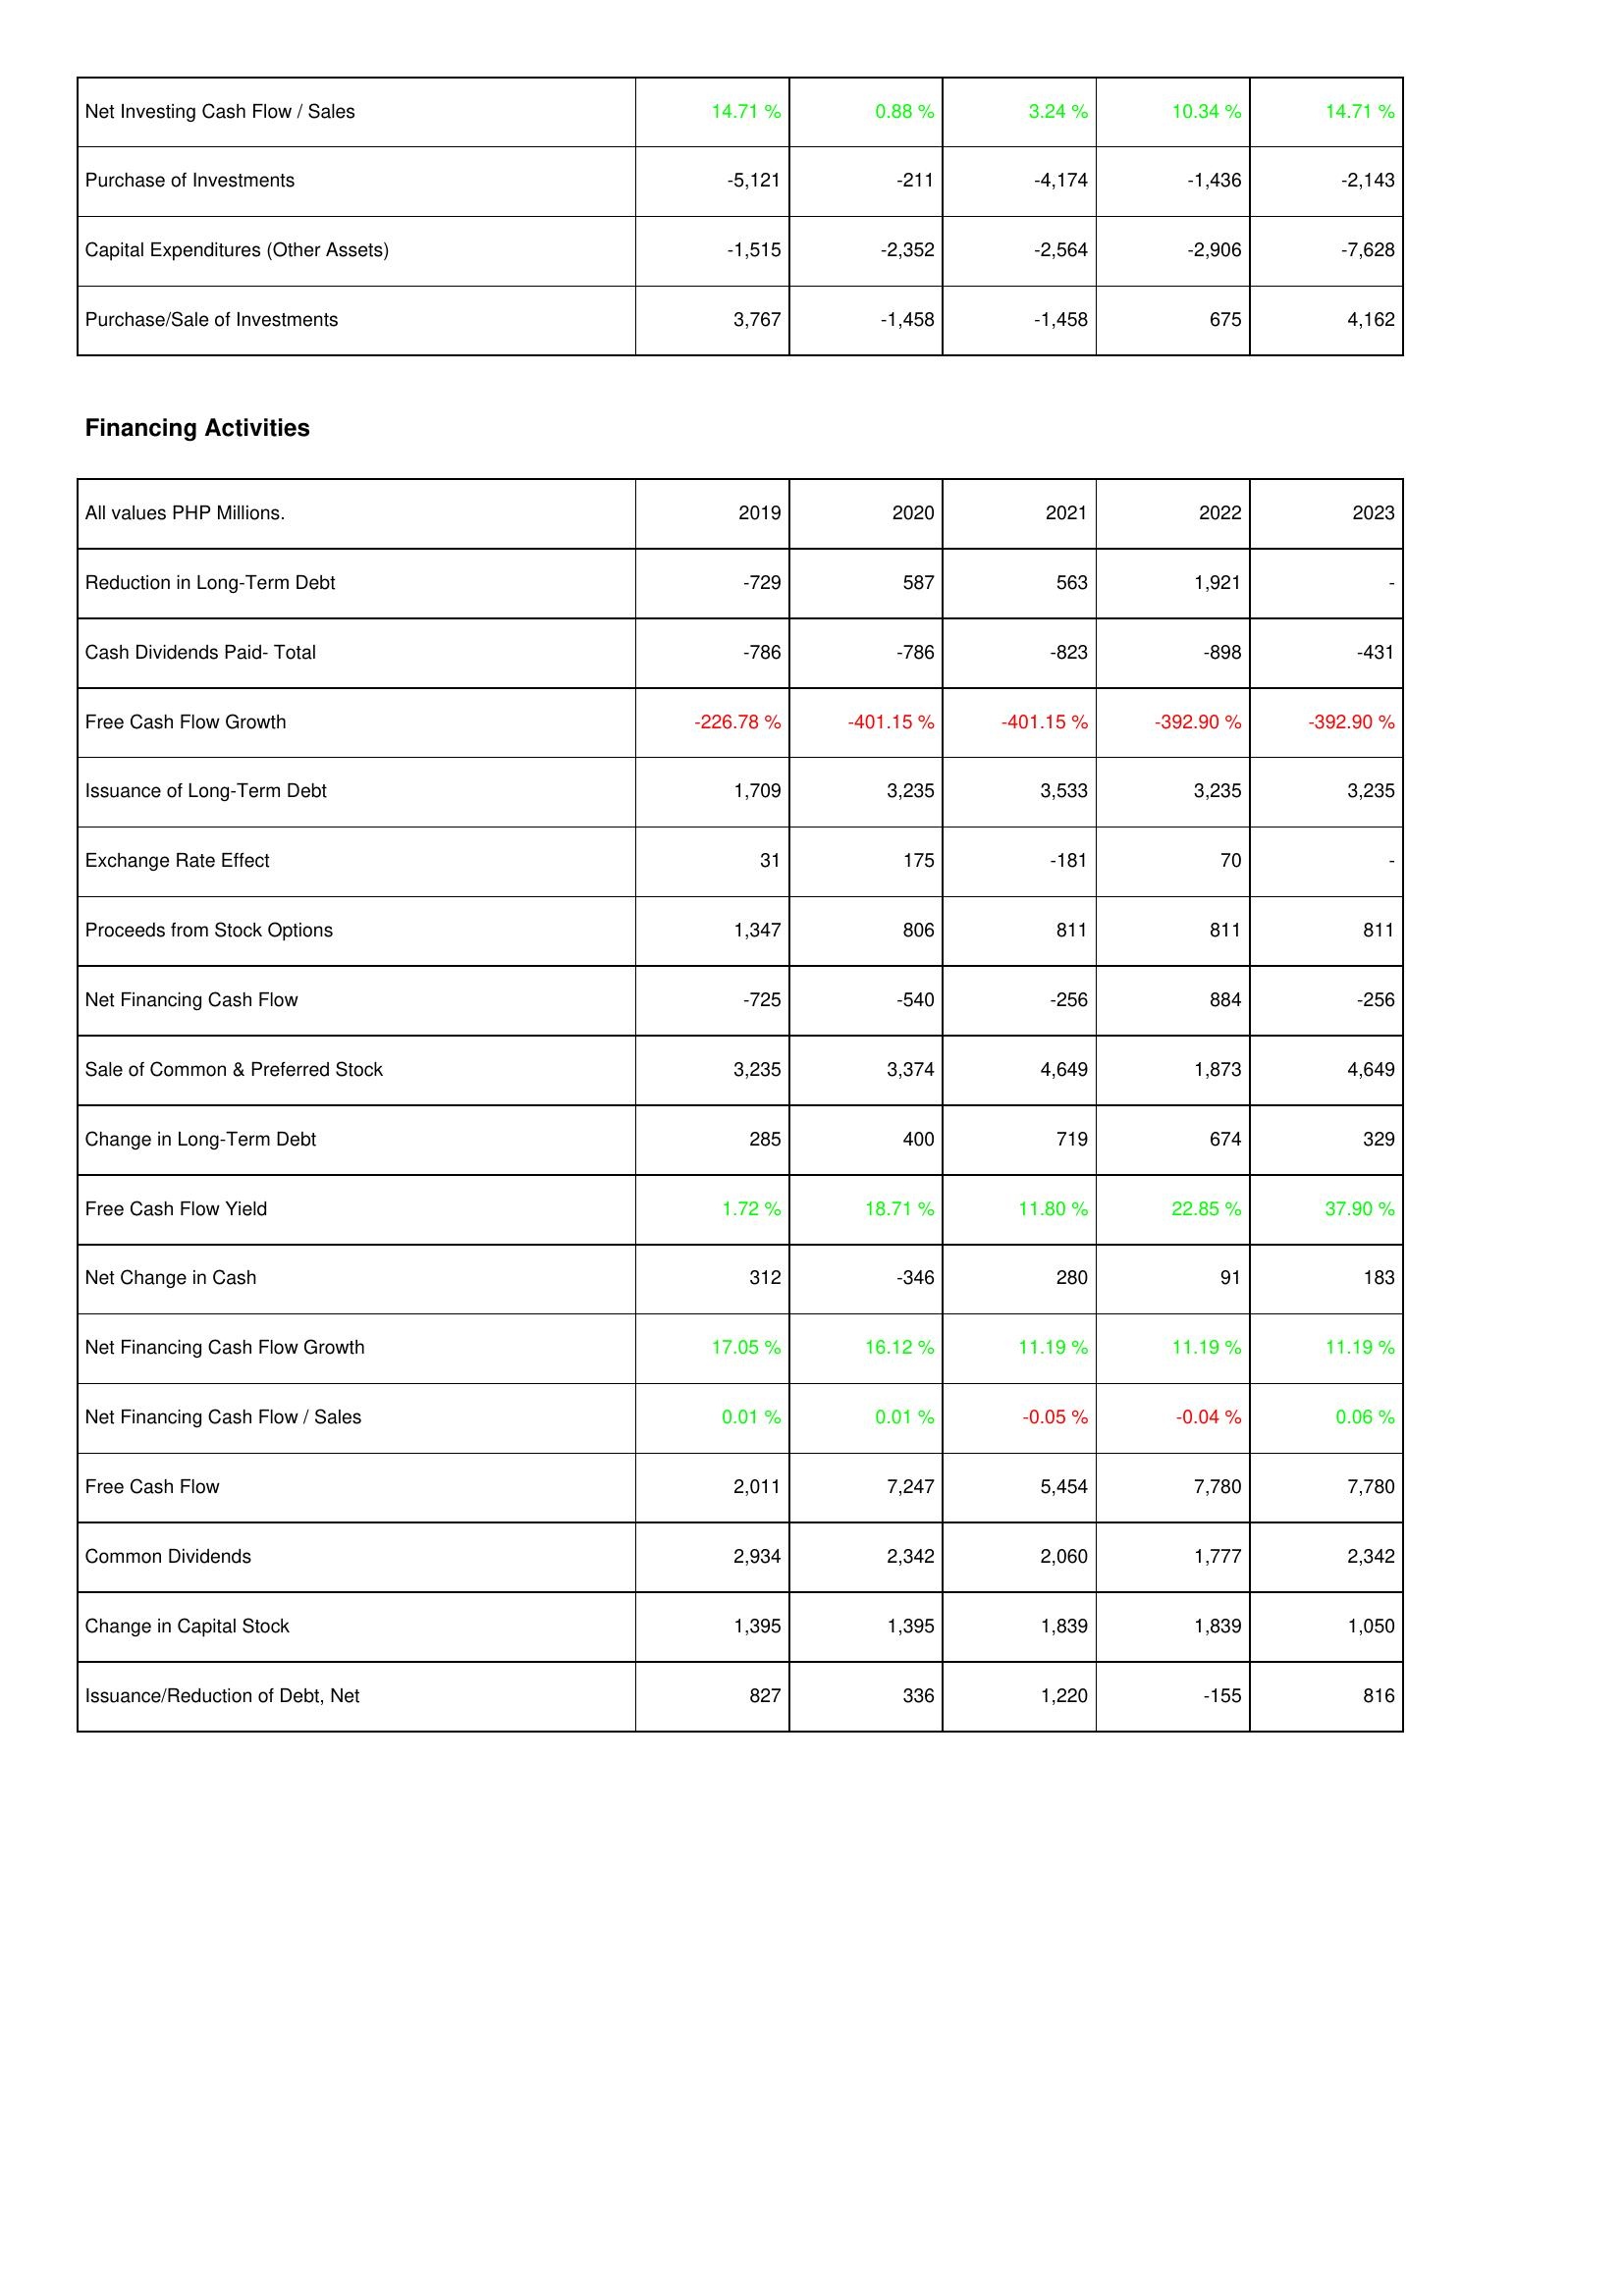
2019: Investing Activities: Net Investing Cash Flow / Sales: 14.71 %
Purchase of Investments: -5,121
Capital Expenditures (Other Assets): -1,515
Purchase/Sale of Investments: 3,767
Financing Activities: Reduction in Long-Term Debt: -729
Cash Dividends Paid- Total: -786
Free Cash Flow Growth: -226.78 %
Issuance of Long-Term Debt: 1,709
Exchange Rate Effect: 31
Proceeds from Stock Options: 1,347
Net Financing Cash Flow: -725
Sale of Common & Preferred Stock: 3,235
Change in Long-Term Debt: 285
Free Cash Flow Yield: 1.72 %
Net Change in Cash: 312
Net Financing Cash Flow Growth: 17.05 %
Net Financing Cash Flow / Sales: 0.01 %
Free Cash Flow: 2,011
Common Dividends: 2,934
Change in Capital Stock: 1,395
Issuance/Reduction of Debt, Net: 827
2020: Investing Activities: Net Investing Cash Flow / Sales: 0.88 %
Purchase of Investments: -211
Capital Expenditures (Other Assets): -2,352
Purchase/Sale of Investments: -1,458
Financing Activities: Reduction in Long-Term Debt: 587
Cash Dividends Paid- Total: -786
Free Cash Flow Growth: -401.15 %
Issuance of Long-Term Debt: 3,235
Exchange Rate Effect: 175
Proceeds from Stock Options: 806
Net Financing Cash Flow: -540
Sale of Common & Preferred Stock: 3,374
Change in Long-Term Debt: 400
Free Cash Flow Yield: 18.71 %
Net Change in Cash: -346
Net Financing Cash Flow Growth: 16.12 %
Net Financing Cash Flow / Sales: 0.01 %
Free Cash Flow: 7,247
Common Dividends: 2,342
Change in Capital Stock: 1,395
Issuance/Reduction of Debt, Net: 336
2021: Investing Activities: Net Investing Cash Flow / Sales: 3.24 %
Purchase of Investments: -4,174
Capital Expenditures (Other Assets): -2,564
Purchase/Sale of Investments: -1,458
Financing Activities: Reduction in Long-Term Debt: 563
Cash Dividends Paid- Total: -823
Free Cash Flow Growth: -401.15 %
Issuance of Long-Term Debt: 3,533
Exchange Rate Effect: -181
Proceeds from Stock Options: 811
Net Financing Cash Flow: -256
Sale of Common & Preferred Stock: 4,649
Change in Long-Term Debt: 719
Free Cash Flow Yield: 11.80 %
Net Change in Cash: 280
Net Financing Cash Flow Growth: 11.19 %
Net Financing Cash Flow / Sales: -0.05 %
Free Cash Flow: 5,454
Common Dividends: 2,060
Change in Capital Stock: 1,839
Issuance/Reduction of Debt, Net: 1,220
2022: Investing Activities: Net Investing Cash Flow / Sales: 10.34 %
Purchase of Investments: -1,436
Capital Expenditures (Other Assets): -2,906
Purchase/Sale of Investments: 675
Financing Activities: Reduction in Long-Term Debt: 1,921
Cash Dividends Paid- Total: -898
Free Cash Flow Growth: -392.90 %
Issuance of Long-Term Debt: 3,235
Exchange Rate Effect: 70
Proceeds from Stock Options: 811
Net Financing Cash Flow: 884
Sale of Common & Preferred Stock: 1,873
Change in Long-Term Debt: 674
Free Cash Flow Yield: 22.85 %
Net Change in Cash: 91
Net Financing Cash Flow Growth: 11.19 %
Net Financing Cash Flow / Sales: -0.04 %
Free Cash Flow: 7,780
Common Dividends: 1,777
Change in Capital Stock: 1,839
Issuance/Reduction of Debt, Net: -155
2023: Investing Activities: Net Investing Cash Flow / Sales: 14.71 %
Purchase of Investments: -2,143
Capital Expenditures (Other Assets): -7,628
Purchase/Sale of Investments: 4,162
Financing Activities: Reduction in Long-Term Debt: -
Cash Dividends Paid- Total: -431
Free Cash Flow Growth: -392.90 %
Issuance of Long-Term Debt: 3,235
Exchange Rate Effect: -
Proceeds from Stock Options: 811
Net Financing Cash Flow: -256
Sale of Common & Preferred Stock: 4,649
Change in Long-Term Debt: 329
Free Cash Flow Yield: 37.90 %
Net Change in Cash: 183
Net Financing Cash Flow Growth: 11.19 %
Net Financing Cash Flow / Sales: 0.06 %
Free Cash Flow: 7,780
Common Dividends: 2,342
Change in Capital Stock: 1,050
Issuance/Reduction of Debt, Net: 816